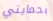
بحمايتي